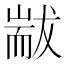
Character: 𦓗